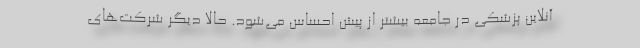
آنلاین پزشکی در جامعه بیشتر از پیش احساس می‌شود. حالا دیگر شرکت‌های